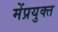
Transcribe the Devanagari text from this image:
मेंप्रयुक्त